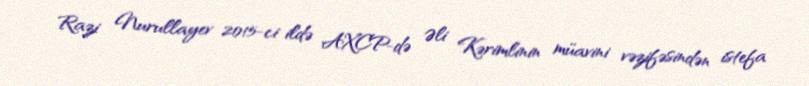
Razi Nurullayev 2015-ci ildə AXCP-də Əli Kərimlinin müavini vəzifəsindən istefa